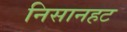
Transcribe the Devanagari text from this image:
निसानहट